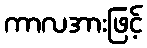
ကာလအားဖြင့်